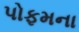
પોફમના